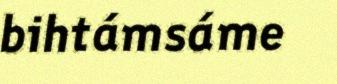
bihtámsáme